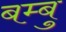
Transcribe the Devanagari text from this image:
बम्बु